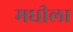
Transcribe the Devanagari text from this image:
मधीला